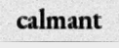
calmant